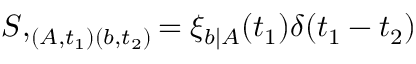
S , _ { ( A , t _ { 1 } ) ( b , t _ { 2 } ) } = \xi _ { b | A } ( t _ { 1 } ) \delta ( t _ { 1 } - t _ { 2 } )